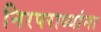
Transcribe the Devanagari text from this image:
निरपराध्यांना